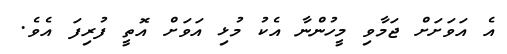
އެ އަވަށަށް ޖަމާވި މީހުންނާ އެކު މުޅި އަވަށް އޮތީ ފުރިފަ އެވެ.